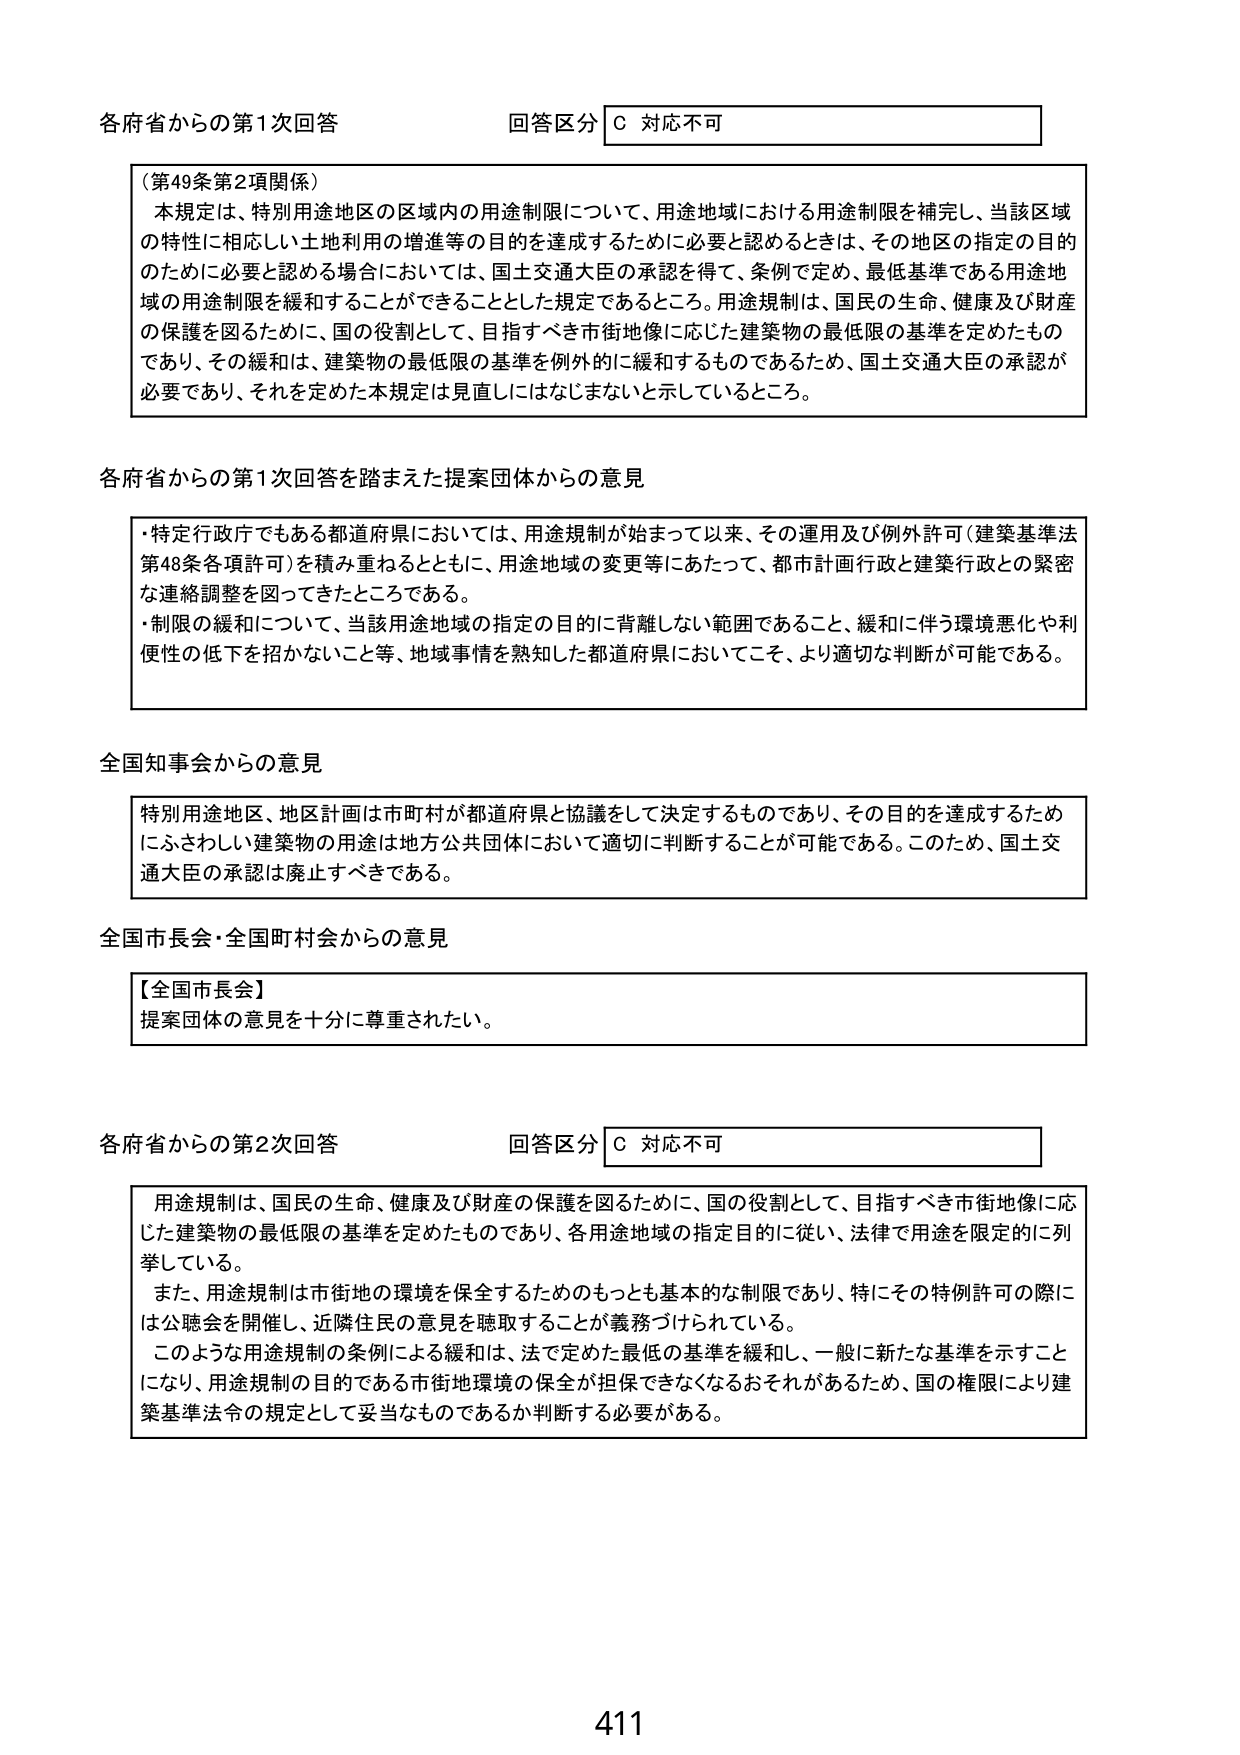
各府省からの第1次回答
回答区分 C 対応不可

（第49条第2項関係）
本規定は、特別用途地区の区域内の用途制限について、用途地域における用途制限を補完し、当該区域の特性に相応しい土地利用の増進等の目的を達成するために必要と認めるときは、その地区の指定の目的のために必要と認める場合においては、国土交通大臣の承認を得て、条例で定め、最低基準である用途地域の用途制限を緩和することができることとした規定であるところ。用途規制は、国民の生命、健康及び財産の保護を図るために、国の役割として、目指すべき市街地像に応じた建築物の最低限の基準を定めたものであり、その緩和は、建築物の最低限の基準を例外的に緩和するものであるため、国土交通大臣の承認が必要であり、それを定めた本規定は見直しにはなじまないとしているところ。

各府省からの第1次回答を踏まえた提案団体からの意見
・特定行政庁でもある都道府県においては、用途規制が始まって以来、その運用及び例外許可（建築基準法第48条各項許可）を積み重ねるとともに、用途地域の変更等にあたって、都市計画行政と建築行政との緊密な連絡調整を図ってきたところである。
・制限の緩和について、当該用途地域の指定の目的に背離しない範囲であること、緩和に伴う環境悪化や利便性の低下を招かないこと等、地域事情を熟知した都道府県においてこそ、より適切な判断が可能である。

全国知事会からの意見
特別用途地区、地区計画は市町村が都道府県と協議をして決定するものであり、その目的を達成するためにふさわしい建築物の用途は地方公共団体において適切に判断することが可能である。このため、国土交通大臣の承認は廃止すべきである。

全国市長会・全国町村会からの意見
【全国市長会】
提案団体の意見を十分に尊重されたい。

各府省からの第2次回答
回答区分 C 対応不可
用途規制は、国民の生命、健康及び財産の保護を図るために、国の役割として、目指すべき市街地像に応じた建築物の最低限の基準を定めたものであり、各用途地域の指定目的に従い、法律で用途を限定的に列挙している。
また、用途規制は市街地の環境を保全するためのもっとも基本的な制限であり、特にその特例許可の際には公聴会を開催し、近隣住民の意見を聴取することが義務づけられている。
このような用途規制の条例による緩和は、法で定めた最低の基準を緩和し、一般に新たな基準を示すことになり、用途規制の目的である市街地環境の保全が担保できなくなるおそれがあるため、国の権限により建築基準法令の規定として妥当なものであるか判断する必要がある。

411